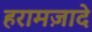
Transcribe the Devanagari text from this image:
हरामज़ादे